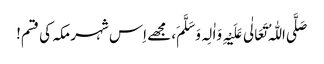
صَلَّی اللّٰہُ تَعَالٰی عَلَیْہِ وَاٰلِہ وَ سَلَّمَ، مجھے اِس شہر مکہ کی قسم!